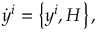
\dot { y } ^ { i } = \left\{ y ^ { i } , H \right\} ,